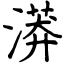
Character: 漭